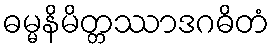
ဓမ္မနိမိတ္တဿာဒဂဓိတံ